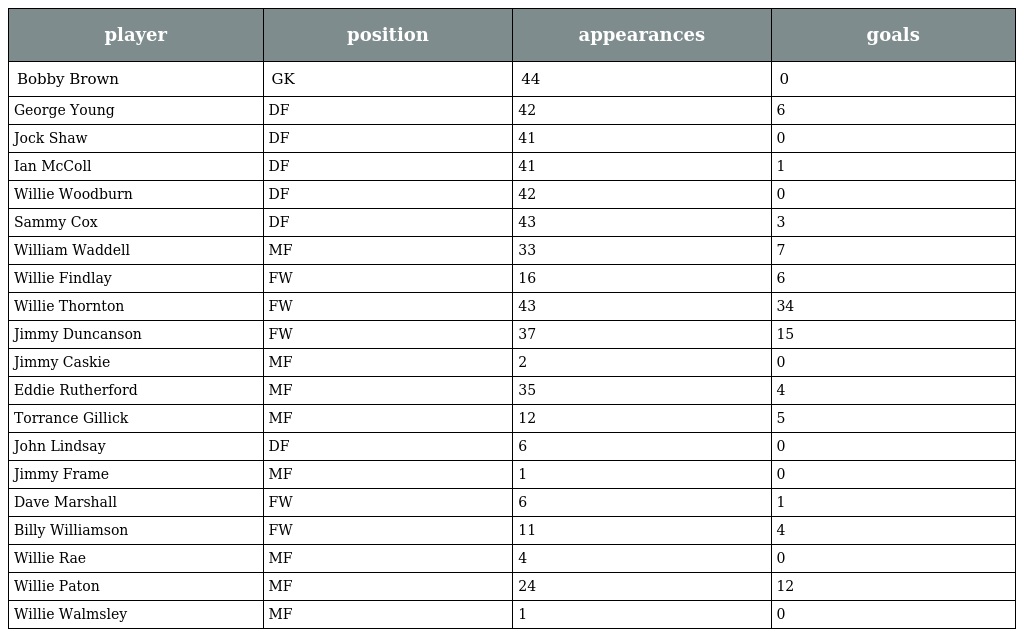
| player | position | appearances | goals |
 | --- | --- | --- | --- |
 | Bobby Brown | GK | 44 | 0 |
 | George Young | DF | 42 | 6 |
 | Jock Shaw | DF | 41 | 0 |
 | Ian McColl | DF | 41 | 1 |
 | Willie Woodburn | DF | 42 | 0 |
 | Sammy Cox | DF | 43 | 3 |
 | William Waddell | MF | 33 | 7 |
 | Willie Findlay | FW | 16 | 6 |
 | Willie Thornton | FW | 43 | 34 |
 | Jimmy Duncanson | FW | 37 | 15 |
 | Jimmy Caskie | MF | 2 | 0 |
 | Eddie Rutherford | MF | 35 | 4 |
 | Torrance Gillick | MF | 12 | 5 |
 | John Lindsay | DF | 6 | 0 |
 | Jimmy Frame | MF | 1 | 0 |
 | Dave Marshall | FW | 6 | 1 |
 | Billy Williamson | FW | 11 | 4 |
 | Willie Rae | MF | 4 | 0 |
 | Willie Paton | MF | 24 | 12 |
 | Willie Walmsley | MF | 1 | 0 |